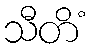
သီတိံ